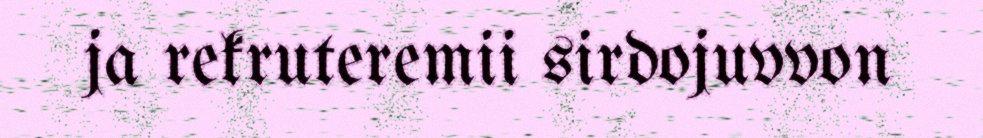
ja rekruteremii sirdojuvvon